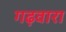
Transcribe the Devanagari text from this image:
गढ़वारा